Sanitation, dispensaries and jails vaccination Rajputana 1922-1927 - 1922-1927
Year: 1922
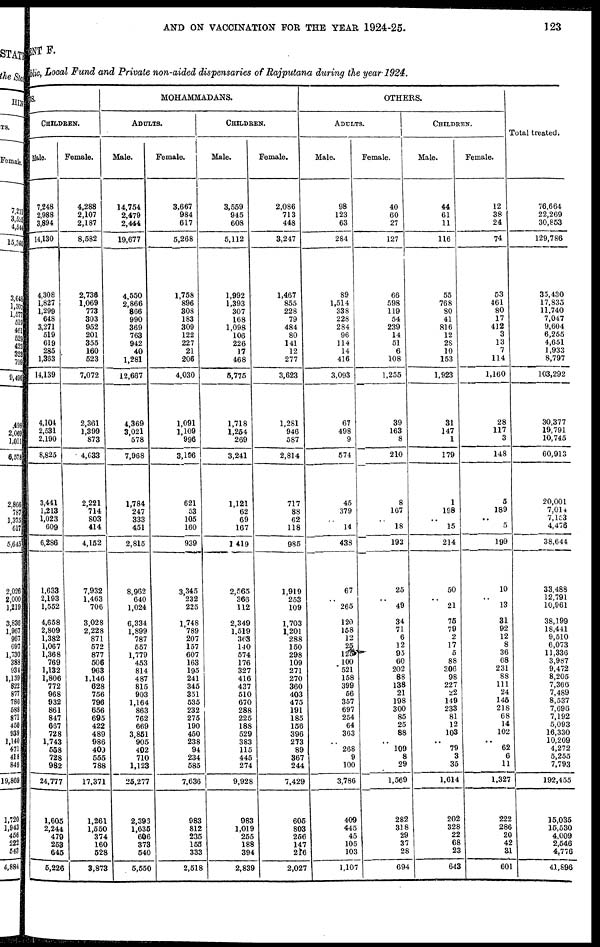
AND ON VACCINATION FOR THE YEAR 1924-25.
123
MENT F.
public, Local Fund and Private non-aided dispensaries of Rajputana during the year 1924.
DUS.
CHILDREN.
Male.
7,248
2,988
3,894
14,130
4,308
1,827
1,299
648
3,271
519
619
285
1,363
14,139
4,104
2,531
2,190
8,825
3,441
1,213
1,023
609
6,286
1,633
2,193
1,552
4,658
2,809
1,382
1,067
1,368
769
1,132
1,806
772
968
932
861
847
667
728
1,743
558
728
982
24,777
1,605
2,244
479
253
645
5,226
Female.
4,288
2,107
2,187
8,582
2,736
1,069
773
303
952
201
355
160
523
7,072
2,361
1,399
873
4,633
2,221
714
803
414
4,152
7,932
1,463
706
3,028
2,228
871
572
877
506
963
1,146
628
756
796
656
695
422
489
986
409
555
788
17,371
1,261
1,550
374
160
528
3,873
MOHAMMADANS.
ADULTS.
Male.
14,754
2,479
2,444
19,677
4,550
2,866
866
990
369
763
942
40
1,281
12,667
4,369
3,021
578
7,968
1,784
247
333
451
2,815
8,962
640
1,024
6,334
1,899
787
557
1,779
453
814
487
815
903
1,164
863
762
669
3,851
905
402
710
1,123
25,277
2,393
1,635
606
373
540
5,550
Female.
3,667
984
617
5,268
1,758
896
308
183
309
122
227
21
206
4,030
1,091
1,109
996
3,196
621
53
105
160
939
3,345
232
225
1,748
789
207
157
607
163
195
241
345
351
535
232
275
190
450
238
94
234
585
7,636
983
812
235
155
333
2,518
CHILDREN.
Male.
3,559
945
608
5,112
1,992
1,393
307
168
1,098
106
226
17
468
5,775
1,718
1,254
269
3,241
1,121
62
69
167
1,419
2,565
366
112
2,349
1,519
363
140
574
176
327
416
437
510
670
288
225
188
529
383
115
445
274
9,928
983
1,019
255
188
394
2,839
Female.
2,086
713
448
3,247
1,467
855
228
79
484
80
141
12
277
3,623
1,281
946
587
2,814
717
88
62
118
985
1,919
253
109
1,703
1,201
288
150
298
109
271
270
360
403
475
191
185
156
396
273
89
367
244
7,429
605
803
256
147
216
2,027
OTHERS.
ADULTS.
Male.
98
123
63
284
89
1,514
338
228
284
96
114
14
416
3,093
67
498
9
574
45
379
..
14
433
67
..
265
120
158
12
25
125
100
521
158
399
56
357
697
254
64
363
..
268
9
100
3,786
409
445
45
105
103
1,107
Female.
40
60
27
127
66
598
119
54
239
14
51
6
108
1,255
39
163
8
210
8
167
..
18
193
25
..
49
34
71
6
12
95
60
202
88
138
21
198
300
85
25
88
.. 109
8
29
1,569
282
318
29
37
28
694
CHILDREN.
Male.
44
61
11
116
55
768
80
41
816
12
28
10
153
1,923
31
147
1
179
1
198
..
15
214
50
..
21
75
79
2
17
5
88
306
98
227
22
149
233
81
12
103
.. 79
3
35
1,614
202
328
22
68
23
643
Female.
12
38
24
74
53
461
80
17
412
3
13
7
114
1,160
28
117
3
148
5
189
..
5
199
10
..
13
31
92
12
8
36
68
231
88
111
24
145
218
68
14
102
..
62
6
11
1,327
222
286
20
42
31
601
Total treated.
76,664
22,269
30,853
129,786
35,430
17,835
11,740
7,047
9,604
6,255
4,651
1,933
8,797
103,292
30,377
19,791
10,745
60,913
20,001
7,014
7,153
4,476
38,644
33,488
12,791
10,961
38,199
18,441
9,510
6,073
11,336
3,987
9,472
8,205
7,366
7,489
8,537
7,696
7,192
5,093
16,330
10,209
4,272
5,255
7,793
192,455
15,035
16,530
4,009
2,546
4,776
41,896